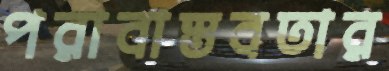
পরাবাস্তবতার